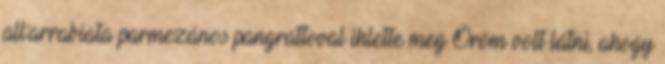
all’arrabiata parmezános pangrattoval ihlette meg Öröm volt látni, ahogy